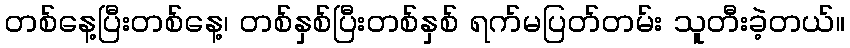
တစ်နေ့ပြီးတစ်နေ့၊ တစ်နှစ်ပြီးတစ်နှစ် ရက်မပြတ်တမ်း သူတီးခဲ့တယ်။